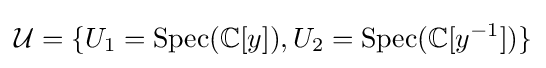
{\mathcal {U}}=\{U_{1}={\text{Spec}}(\mathbb {C} [y]),U_{2}={\text{Spec}}(\mathbb {C} [y^{-1}])\}